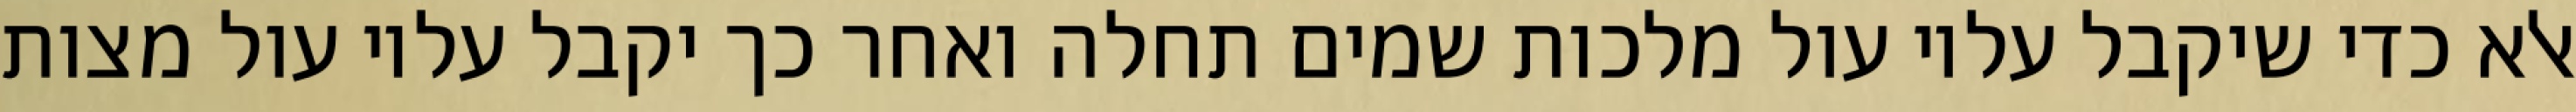
אלא כדי שיקבל עליו עול מלכות שמים תחלה ואחר כך יקבל עליו עול מצות